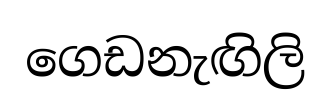
ගෙඩනැඟිලි